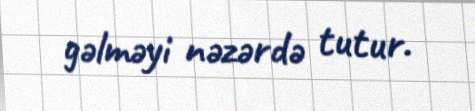
gəlməyi nəzərdə tutur.